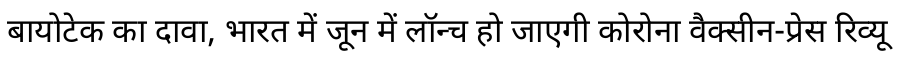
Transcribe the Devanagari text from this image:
बायोटेक का दावा, भारत में जून में लॉन्च हो जाएगी कोरोना वैक्सीन-प्रेस रिव्यू